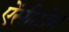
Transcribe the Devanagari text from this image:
ऐंसीटोन